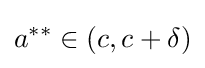
a^{**}\in (c,c+\delta )